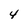
Character: 4